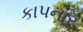
કાપનાર